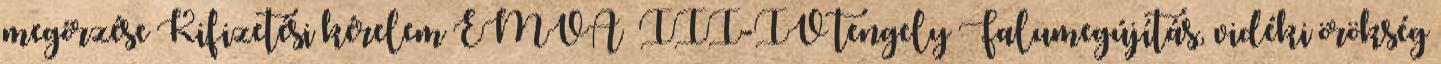
megőrzése Kifizetési kérelem EMVA –III-IV tengely Falumegújítás, vidéki örökség